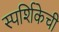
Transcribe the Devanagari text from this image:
स्पर्शिकेची